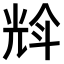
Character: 𠒡